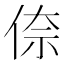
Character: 倷